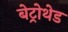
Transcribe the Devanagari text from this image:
बेट्रोथेड